Vital statistics of India. Vol. V, Reports of 1876 on armies & jails and on epidemic cholera
Year: 1876
Disease focus: Cholera
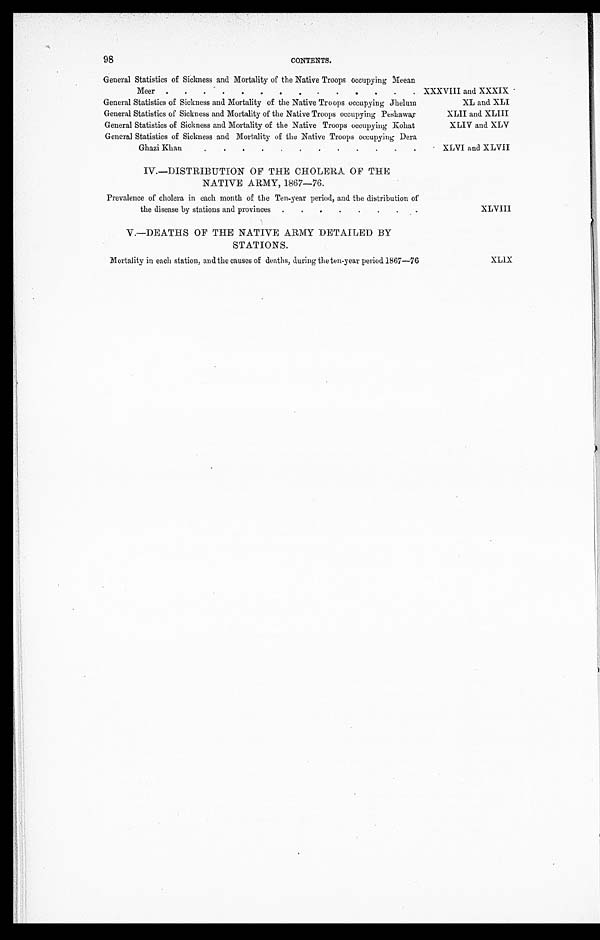
98
CONTENTS.
General Statistics of Sickness and Mortality of the Native Troops occupying Meean
Meer
.
.
. XXXVIII and XXXIX
General Statistics of Sickness and Mortality of the Native Troops occupying Jhelum
XL and XLI
General Statistics of Sickness and Mortality of the Native Troops occupying Peshawar
XLII and XLIII
General Statistics of Sickness and Mortality of the Native Troops occupying Kohat
XLIV and XLV
General Statistics of Sickness and Mortality of the Native Troops occupying Dera
Ghazi Khan . . .
XLVI and XLVII
IV.—DISTRIBUTION OF THE CHOLERA OF THE
NATIVE ARMY, 1867-76.
Prevalence of cholera in each month of the Ten-year period, and the distribution of
the disease by stations and provinces . . .
XLVIII
V.—DEATHS OF THE NATIVE ARMY DETAILED BY
STATIONS.
Mortality in each station, and the causes of deaths, during the ten-year period 1867-76
XLIX